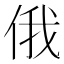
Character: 俄